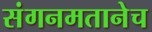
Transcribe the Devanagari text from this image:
संगनमतानेच